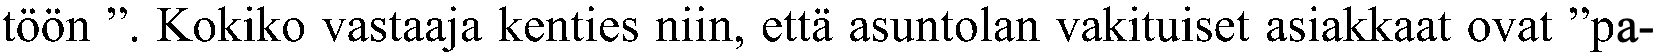
töön ”. Kokiko vastaaja kenties niin, että asuntolan vakituiset asiakkaat ovat ”pa-